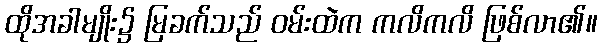
ထိုအခါမျိုး၌ မြခက်သည် ဝမ်းထဲက ကလိကလိ ဖြစ်လာ၏။